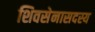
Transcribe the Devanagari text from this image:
शिवसेनासदस्य